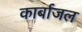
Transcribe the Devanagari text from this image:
कार्बाजल